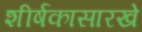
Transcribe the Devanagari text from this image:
शीर्षकासारखे